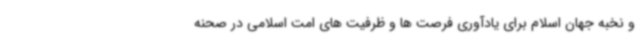
و نخبه جهان اسلام برای یادآوری فرصت ها و ظرفیت های امت اسلامی در صحنه